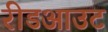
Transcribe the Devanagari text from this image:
रीडआउट